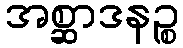
အစ္ဆာဒနဉ္စ